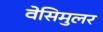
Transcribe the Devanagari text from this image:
वेसिमुलर